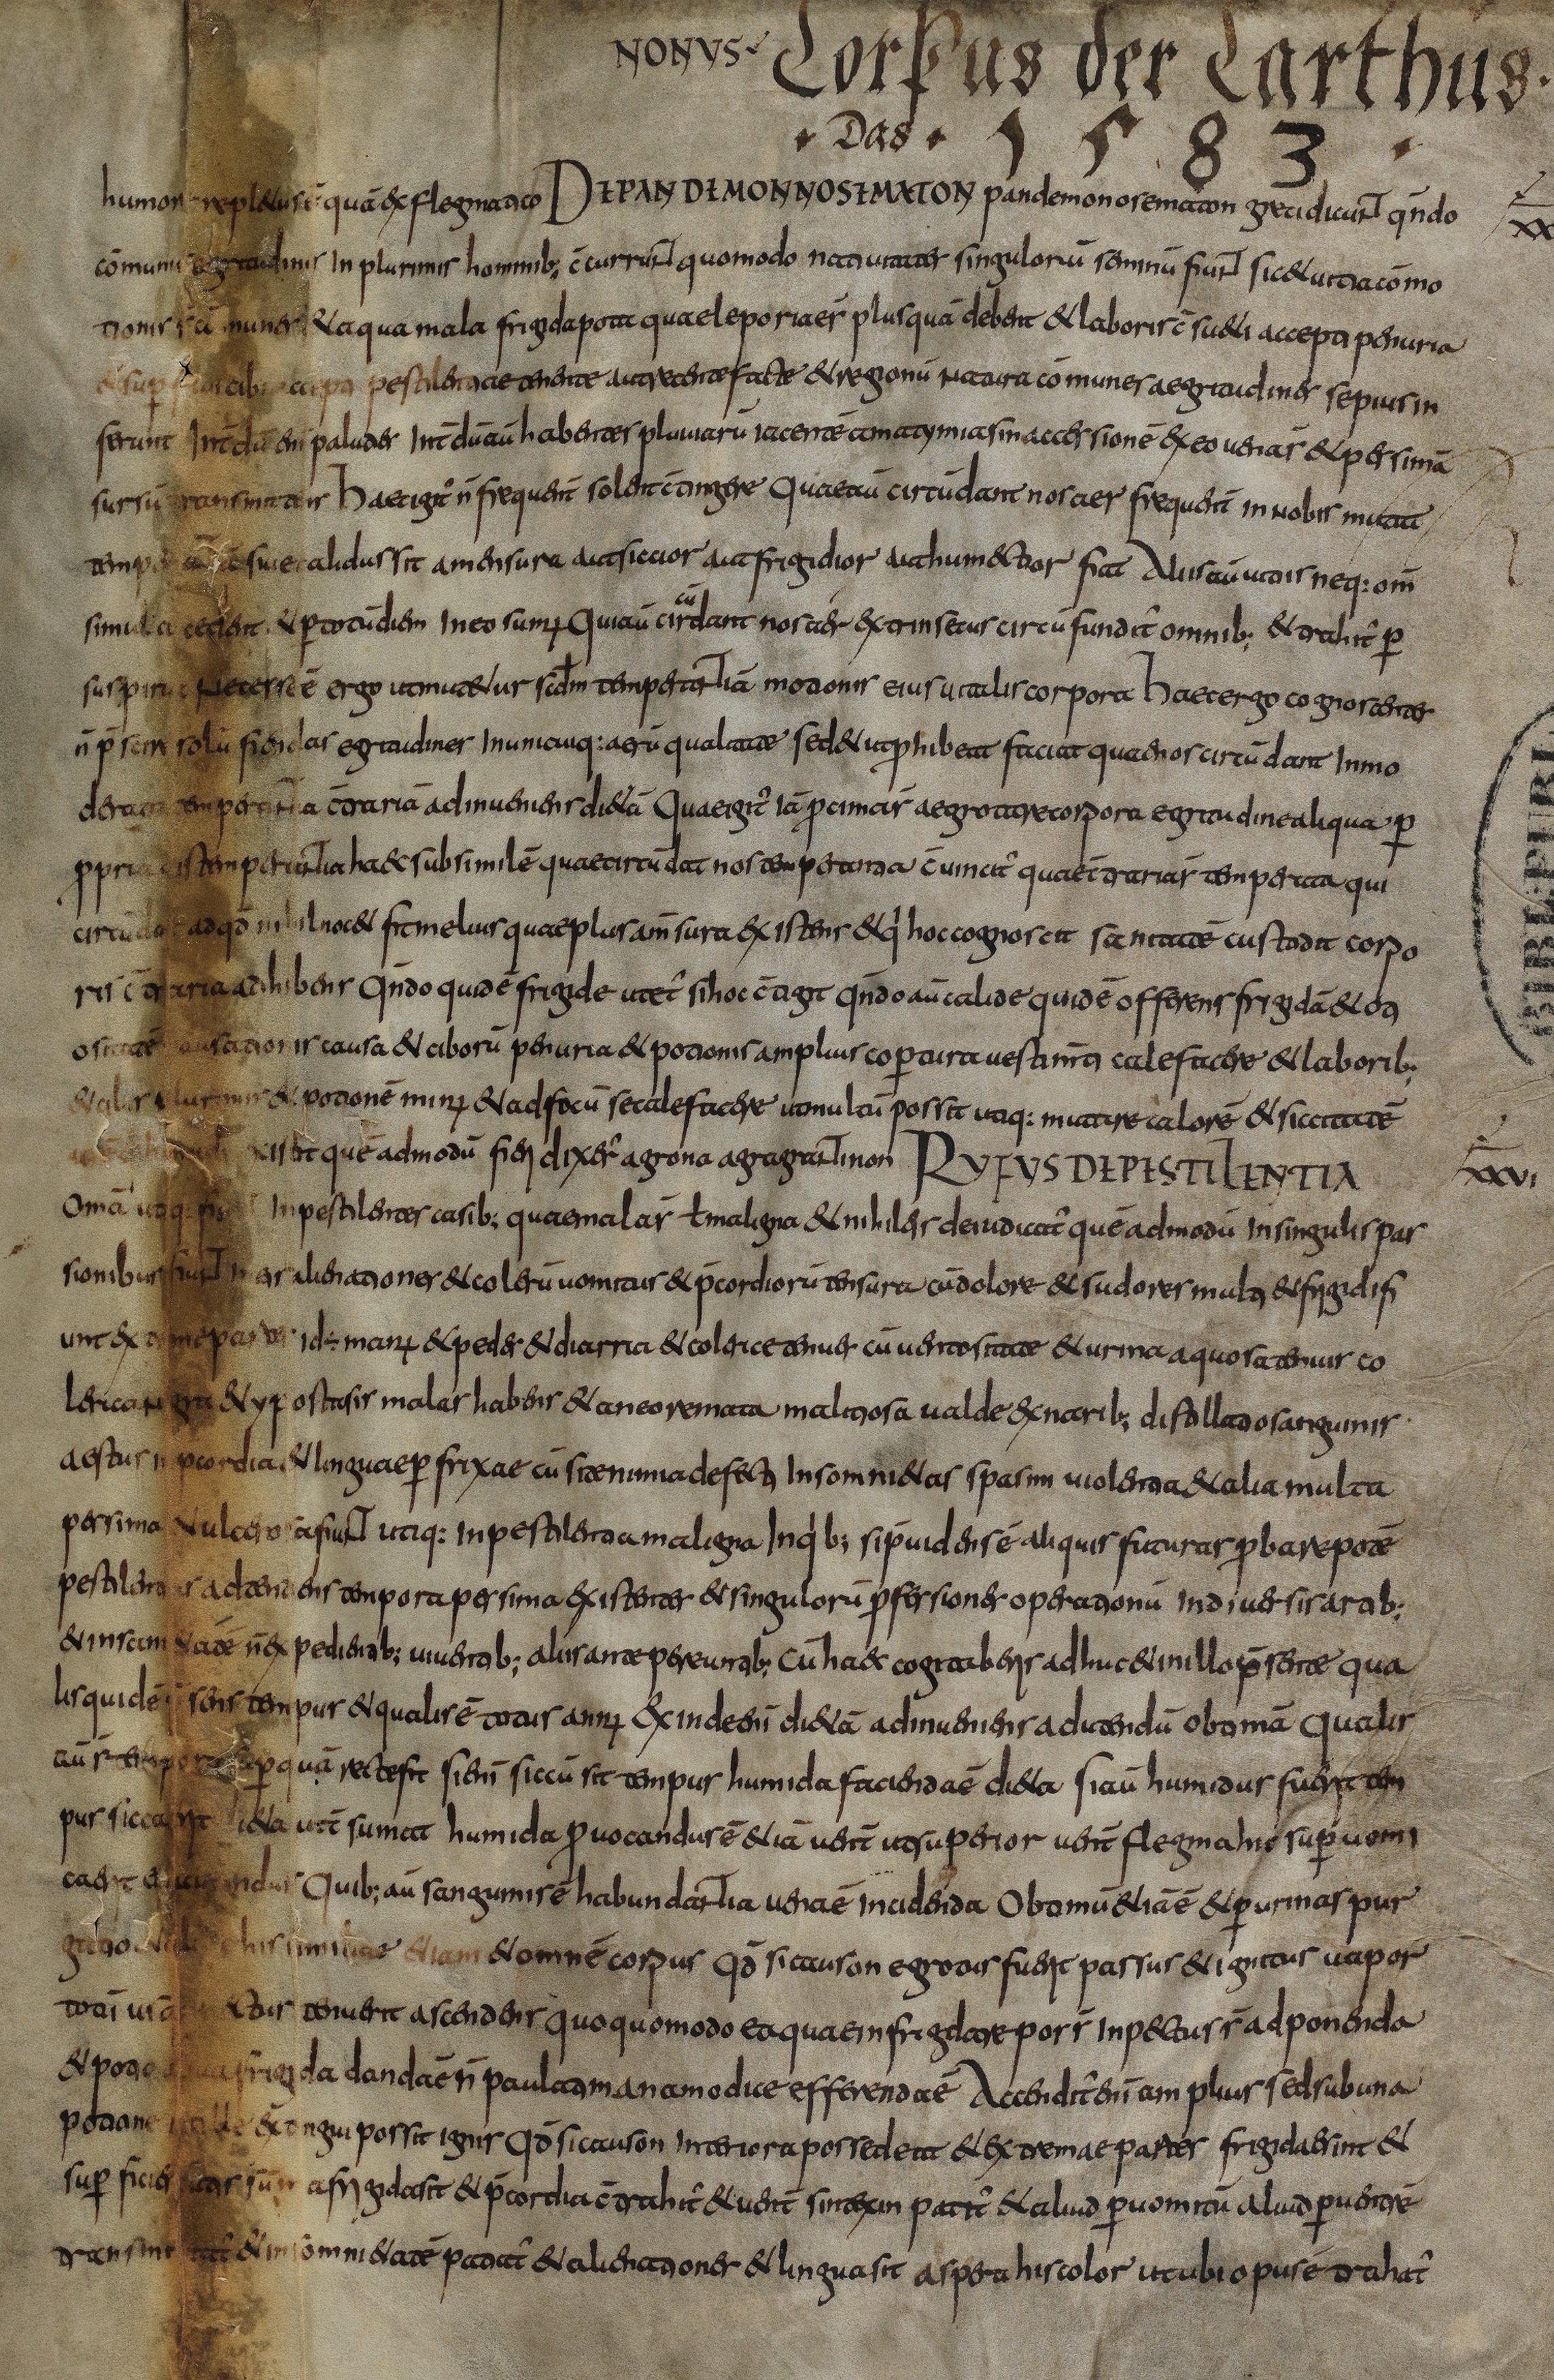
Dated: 800–830